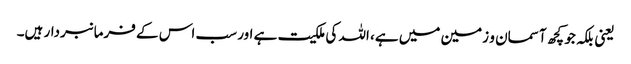
یعنی بلکہ جو کچھ آسمان و زمین میں ہے، اللہ کی ملکیت ہے اور سب اس کے فرمانبردار ہیں۔